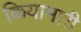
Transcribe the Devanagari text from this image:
कियामारी